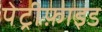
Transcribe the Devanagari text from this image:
पेट्रीफ़ाइड